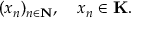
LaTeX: ( x _ { n } ) _ { n \in \mathbf { N } } , \quad x _ { n } \in \mathbf { K } .